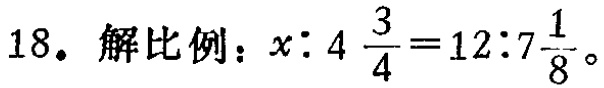
18. 解比例：\(x:4\frac{3}{4}=12:7\frac{1}{8}\)。